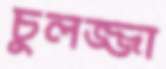
চুলজ্জা